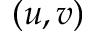
( u , v )